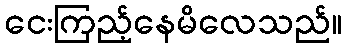
ငေးကြည့်နေမိလေသည်။